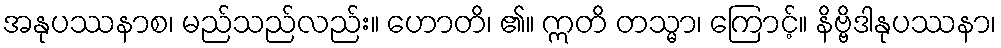
အနုပဿနာစ၊ မည်သည်လည်း။ ဟောတိ၊ ၏။ ဣတိ တသ္မာ၊ ကြောင့်။ နိဗ္ဗိဒါနုပဿနာ၊